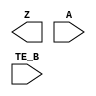
module sky130_fd_sc_lp__busdriver2 (
    Z   ,
    A   ,
    TE_B
);

    output Z   ;
    input  A   ;
    input  TE_B;

    // Voltage supply signals
    supply1 VPWR;
    supply0 VGND;
    supply1 VPB ;
    supply0 VNB ;

endmodule